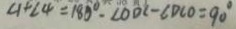
\angle 1 + \angle 4 = 1 8 0 ^ { \circ } - \angle O D C - \angle D C O = 9 0 ^ { \circ }